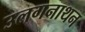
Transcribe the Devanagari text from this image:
उलगनाथन